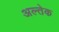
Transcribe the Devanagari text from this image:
अल्तेक